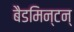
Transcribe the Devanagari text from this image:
बैडमिन्टन्